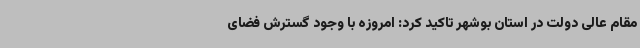
مقام عالی دولت در استان بوشهر تاکید کرد: امروزه با وجود گسترش فضای